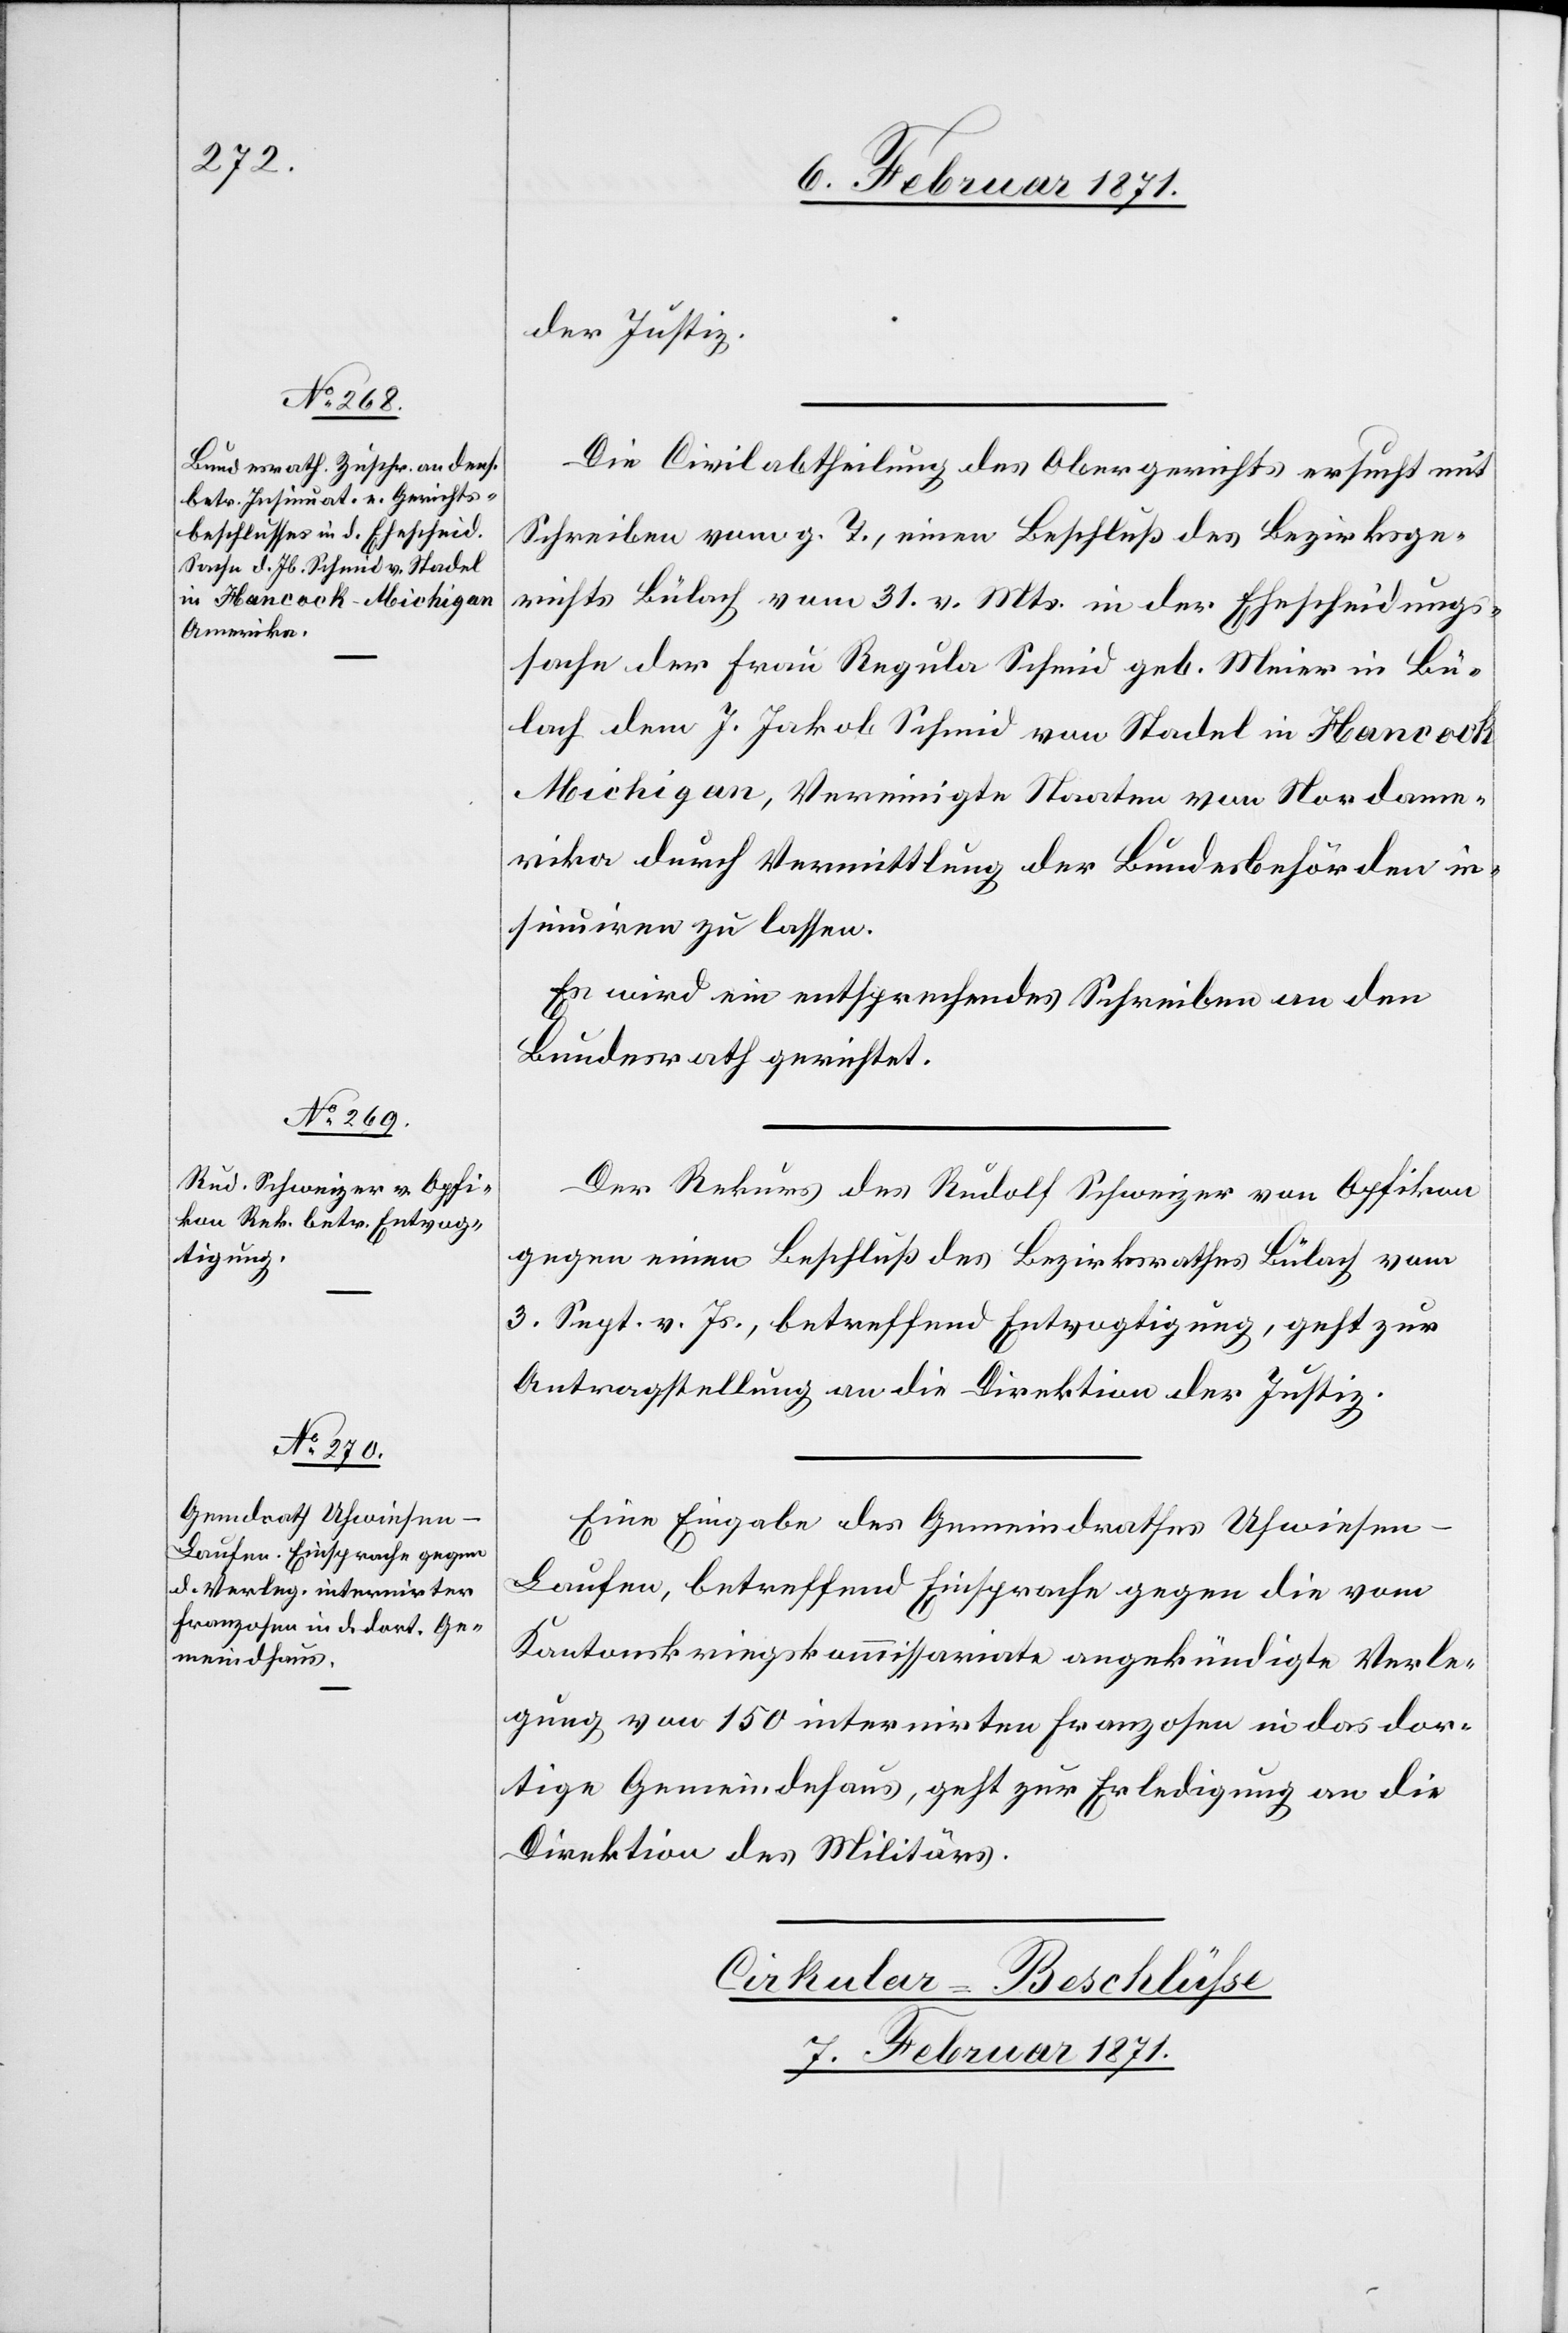
der Justiz.
Die Civilabtheilung des Obergerichts ersucht mit
Schreiben vom g. T., einen Beschluß des Bezirksge¬
richts Bülach vom 31. v. Mts. in der Ehescheidungs¬
sache der Frau Regula Schmid geb. Meier in Bü¬
lach dem J. Jakob Schmid von Stadel in Hancock
Michigan, Vereinigte Staaten von Nordame¬
rika durch Vermittlung der Bundesbehörden in¬
sinuiren zu lassen.
Es wird ein entsprechendes Schreiben an den
Bundesrath gerichtet.
Der Rekurs des Rudolf Schweizer von Opfikon
gegen einen Beschluß des Bezirksrathes Bülach vom
3. Sept. v. Js., betreffend Entvogtigung, geht zur
Antragstellung an die Direktion der Justiz.
Eine Eingabe des Gemeindrathes Uhwiesen-L¬
aufen, betreffend Einsprache gegen die vom
Kantonskriegskommissariate angekündigte Verle¬
gung von 150 internirten Franzosen in das dor¬
tige Gemeindehaus, geht zur Erledigung an die
Direktion des Militärs.
Cirkular-Beschlüsse
7. Februar 1871.